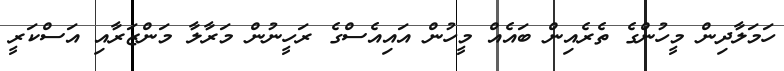
ހަމަލާދިން މީހުންގެ ތެރެއިން ބައެއް މީހުން އައިއެސްގެ ރަހީނުން މަރާލާ މަންޒަރާއި އަސްކަރީ